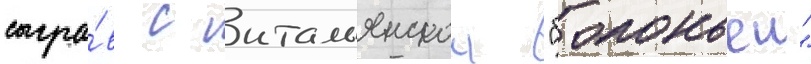
сыгра́в с итальянскои "болоньеи"